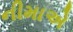
નીમાએ